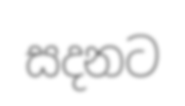
සදනට